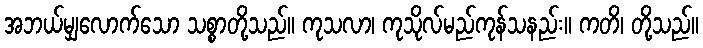
အဘယ်မျှလောက်သော သစ္စာတို့သည်။ ကုသလာ၊ ကုသိုလ်မည်ကုန်သနည်း။ ကတိ၊ တို့သည်။